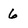
Character: 6